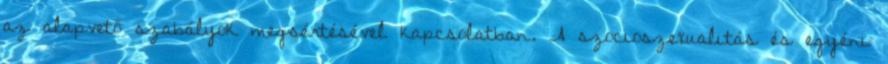
az alapvető szabályok megsértésével kapcsolatban. A szocioszexualitás és egyéni